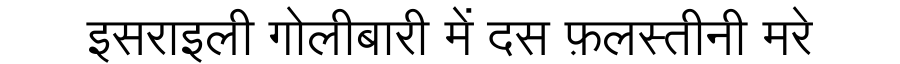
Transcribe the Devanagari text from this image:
इसराइली गोलीबारी में दस फ़लस्तीनी मरे